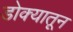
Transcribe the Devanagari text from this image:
डोक्‍यातून